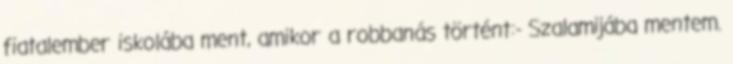
fiatalember iskolába ment, amikor a robbanás történt:- Szalamijába mentem.